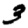
Digit: 2